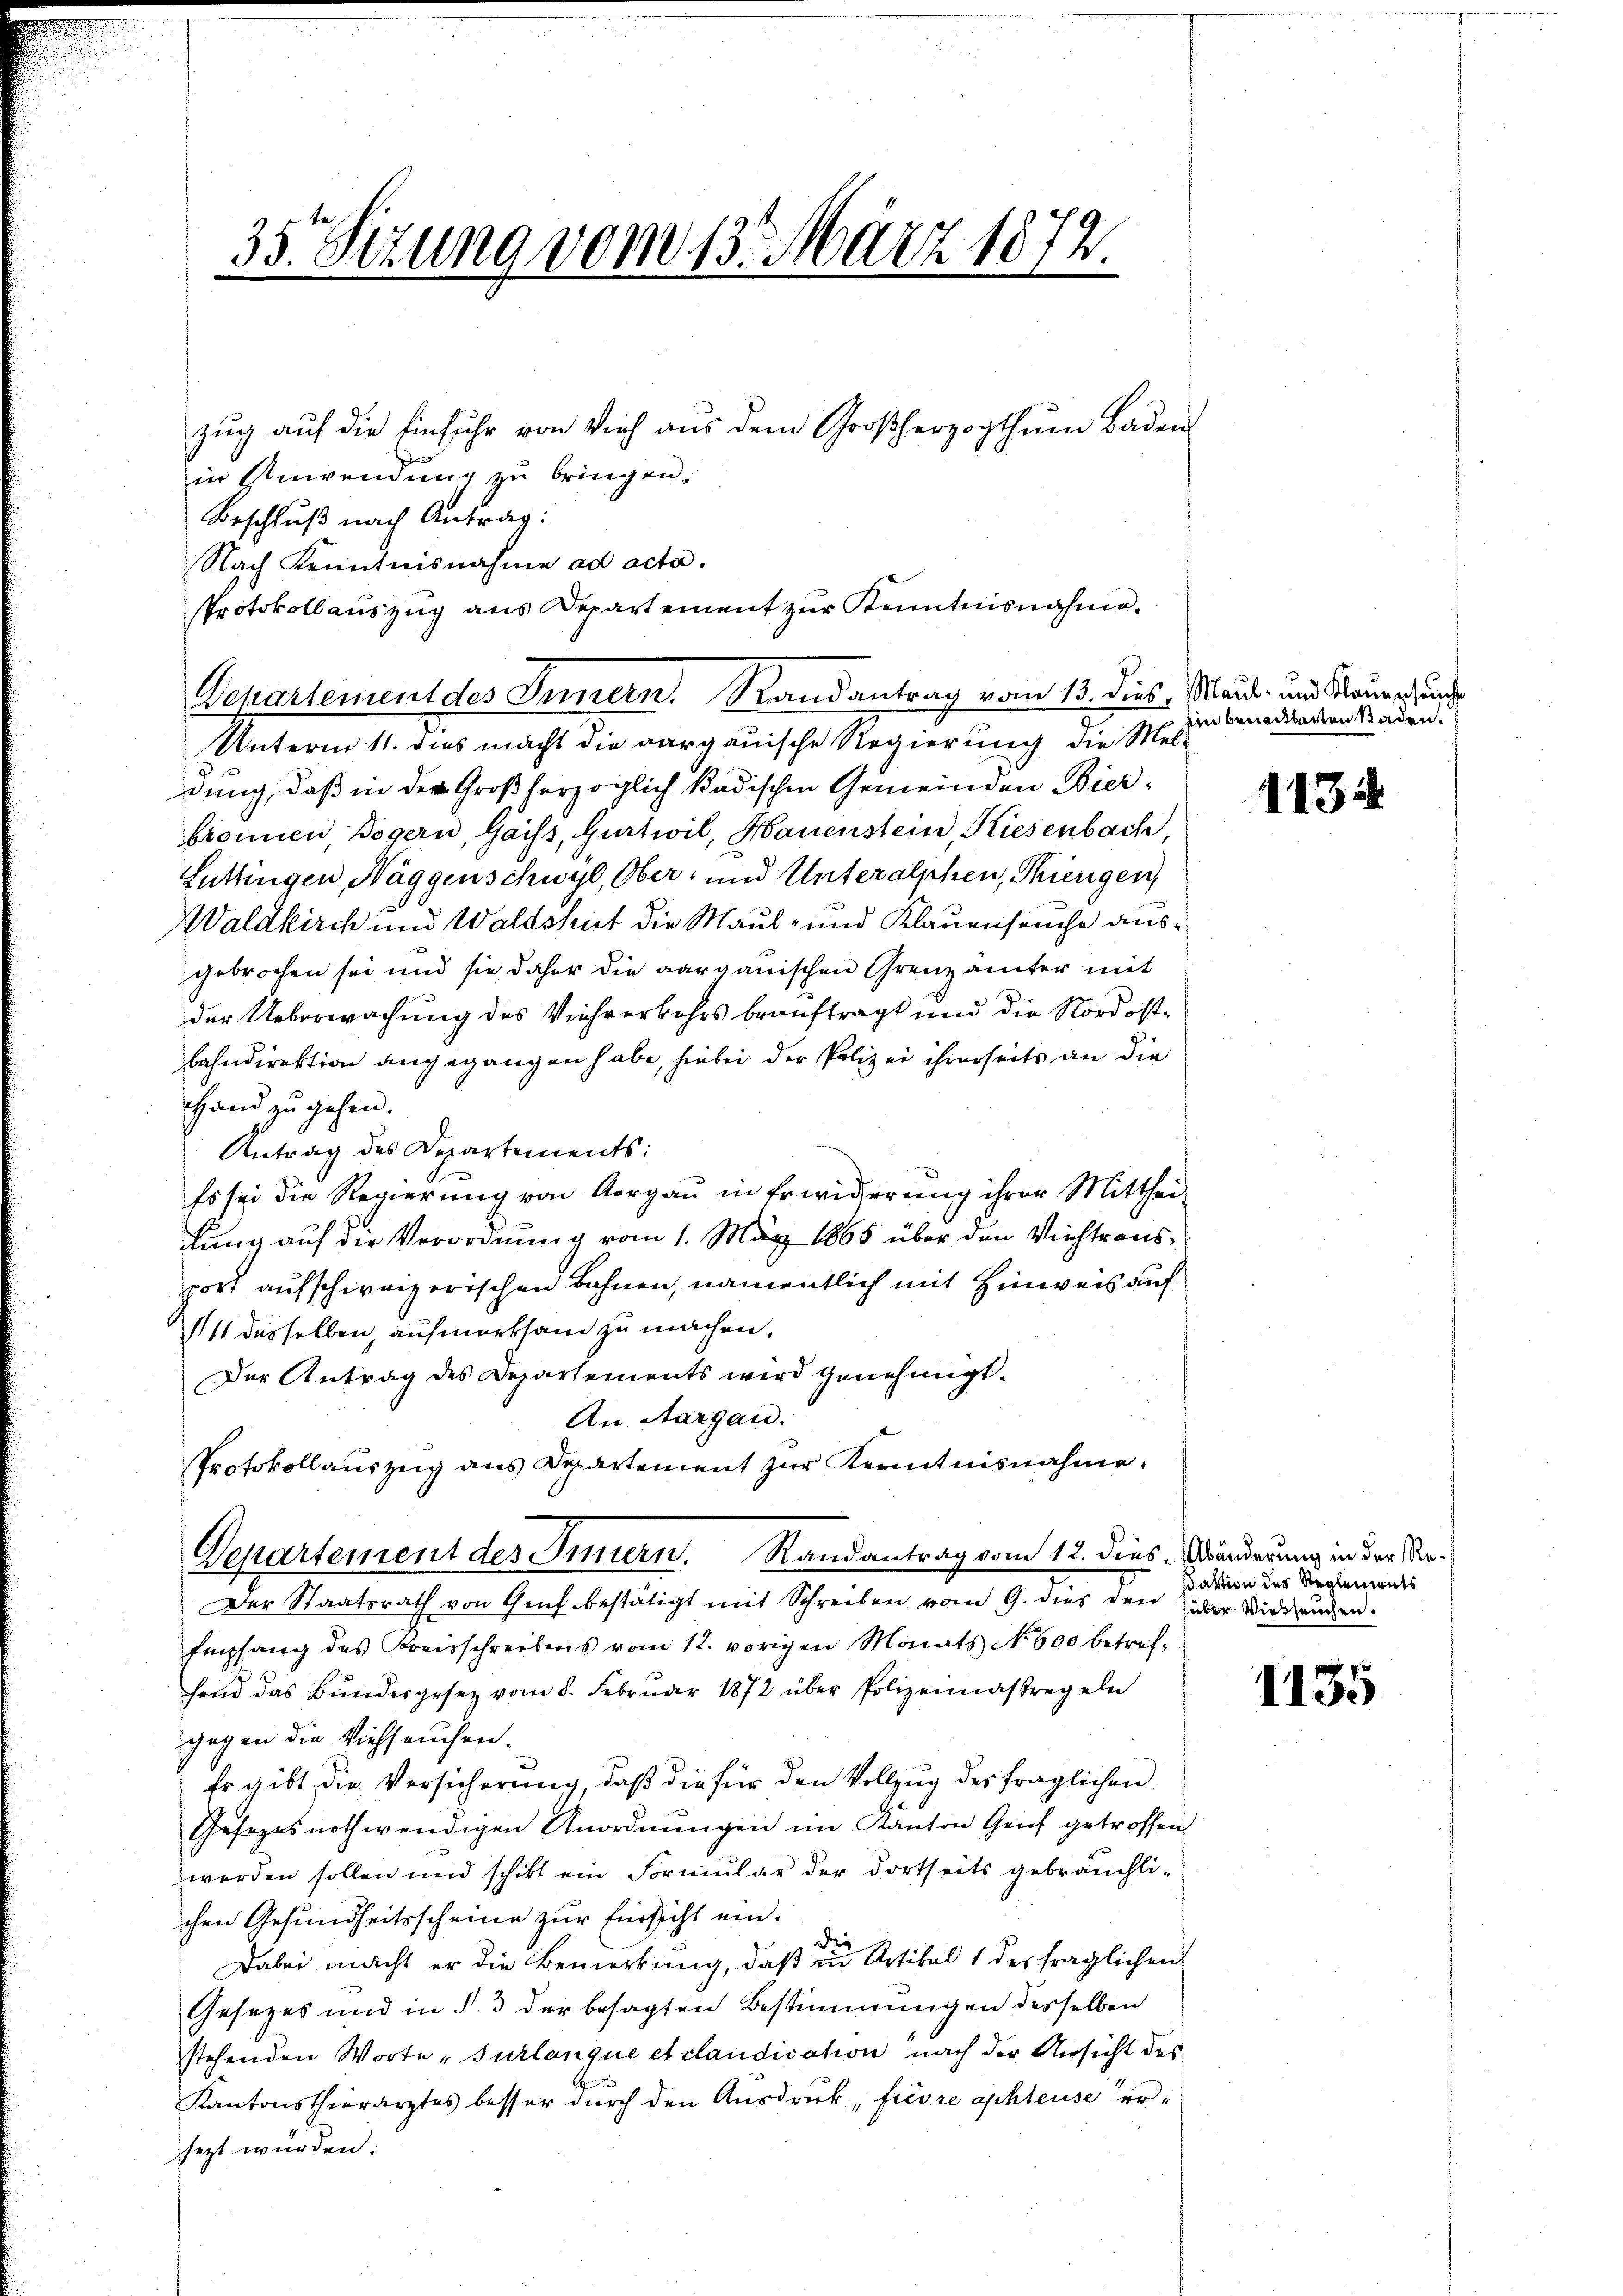
35. Sitzung vom 13. März 1872.
zŭg aŭf die Einfuhr von Vieh aus dem Großherzogthum Baden
in Anwendung zu bringen.

Beschluß nach Antrag:
Nach Kenntnisnahme ad acta.
Protokollauszug aus Departement zur Kenntnisnahme.
Departement des Innern. Randantrag vom 13. dies, Maul- und Raume und
Unterm 11. dies macht die aargauische Regierung die Mel-
dung, daß in der Großherzoglich kadischen Gemeinden Bierbronnen, Bögern, Gaiss, Gurtwil, Hauenstein, Kiesenbach
Lüttingen, Wäggenschwyz, Ober- und Unteralphen, Thiengen,
Waldkirch und Waldshut die Maul- und Klauenseuche ausgebrochen sei und sie daher die aargauischen Grenzämter mit
der Ueberwachung des Viehrerkehrs beauftragt und die Nordostbahndirektion angegangen habe, hiebei der Polizei ihrerseits an die
Hand zu gehen.
Antrag des Departements:
Es sei die Regierung von Aargau in Erwiderung ihrer Mitthei-
fung auf die Verordnung vom 1. März 1865 über den Viehtrausport aufschweizerischen Bahnen, namentlich mit Hinweis auf
4 desselben, aufmerksam zu machen.
Der Antrag des Departements wird genehmigt.
An Aargau.
Protokollauszeig aus Departement zur Kenntnisnahme.
Departement des Innern. Randantrag vom 18. dies. Mörderung in der Re¬
Der Staatsrath von Genf bestätigt mit Schreiben vom 9. dies den der Wiedungen.
Empfang des Kreisschreibens vom 12. vorigen Monats No 600 betreffend das Bundesgesetz vom 8. Febrŭar 1872 über Polizeimaßregeln
gegen die Viehseuchen.
Er gibt die Versicherung, daß die für den Vollzug des fraglichen
Gesezes nothwendigen Anordnungen im Kanton Genf getroffen
werden sollen und schikt ein Formular der dortseits gebräuchli-
chen Gesundheitsscheine zur Einsicht ein¬
Die
Dabei macht er die Bemerkung, daß in Artikel 1 der fraglichen
Gesezes und in § 3 der besagten Bestimmungen desselben
stehenden Worte „surlangue et clandication nach der Ansicht des
Kantonsthierarztes besser durch den Ausdruck, fiere aphleuse ersezt wurden:

ain beneitbarten Kaden.

1134

sdaktion des Reglements

1135